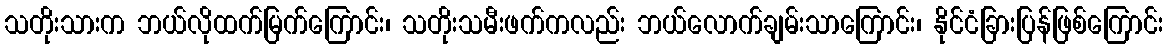
သတိုးသားက ဘယ်လိုထက်မြက်ကြောင်း၊ သတိုးသမီးဖက်ကလည်း ဘယ်လောက်ချမ်းသာကြောင်း၊ နိုင်ငံခြားပြန်ဖြစ်ကြောင်း